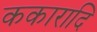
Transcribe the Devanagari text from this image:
ककारादि